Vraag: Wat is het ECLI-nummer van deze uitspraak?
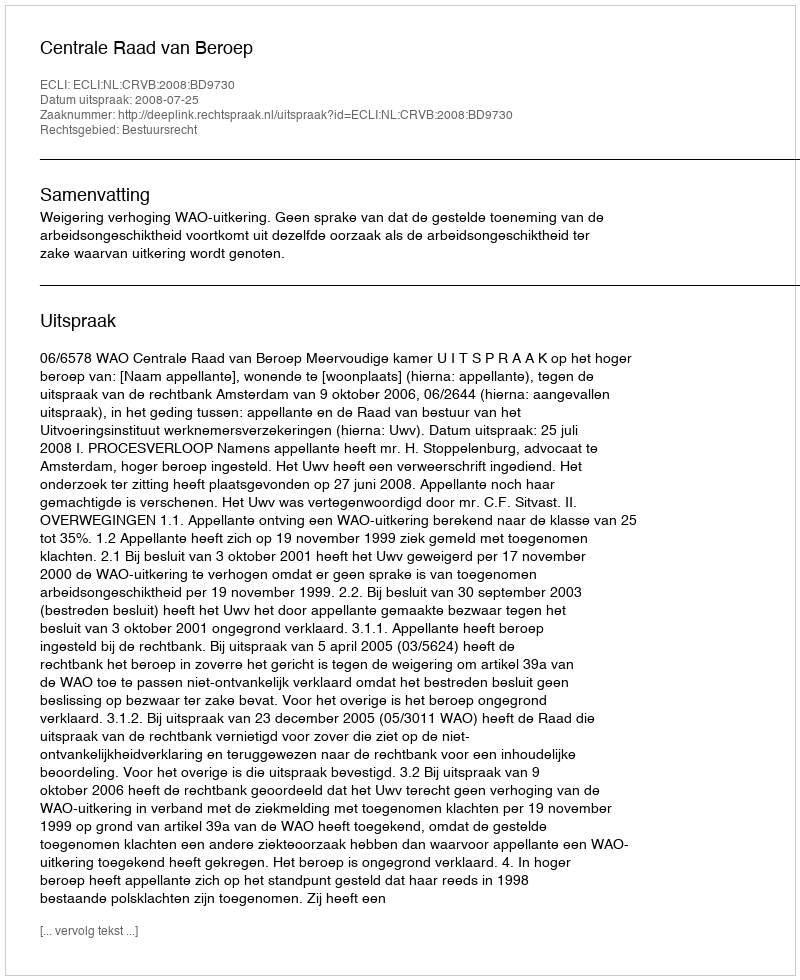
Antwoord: ECLI:NL:CRVB:2008:BD9730